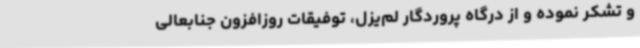
و تشکر نموده و از درگاه پروردگار لم‌یزل، توفیقات روزافزون جنابعالی